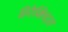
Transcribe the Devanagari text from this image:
हिरैक्लिट्स